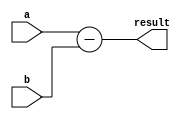
module subtractor (
    input [3:0] a,
    input [3:0] b,
    output [3:0] result
);

assign result = a - b;

endmodule